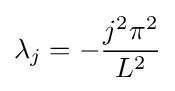
\lambda _{j}=-{\frac {j^{2}\pi ^{2}}{L^{2}}}